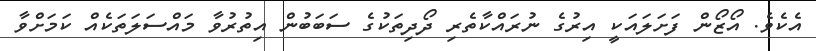
އެކެވެ. އޯޒޯން ފަށަލައަކީ އިރުގެ ނުރައްކާތެރި ދޯދިތަކުގެ ސަބަބުން އިތުރުވާ މައްސަލަތަކެއް ކަމަށްވާ